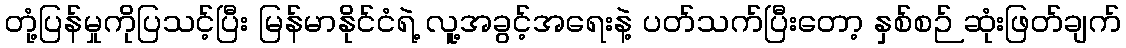
တုံ့ပြန်မှုကိုပြသင့်ပြီး မြန်မာနိုင်ငံရဲ့ လူ့အခွင့်အရေးနဲ့ ပတ်သက်ပြီးတော့ နှစ်စဉ် ဆုံးဖြတ်ချက်